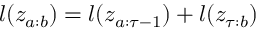
l ( z _ { a : b } ) = l ( z _ { a : \tau - 1 } ) + l ( z _ { \tau : b } )